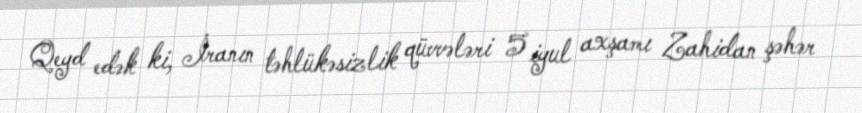
Qeyd edək ki, İranın təhlükəsizlik qüvvələri 5 iyul axşamı Zahidan şəhər